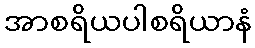
အာစရိယပါစရိယာနံ